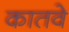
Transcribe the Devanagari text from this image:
कातवे